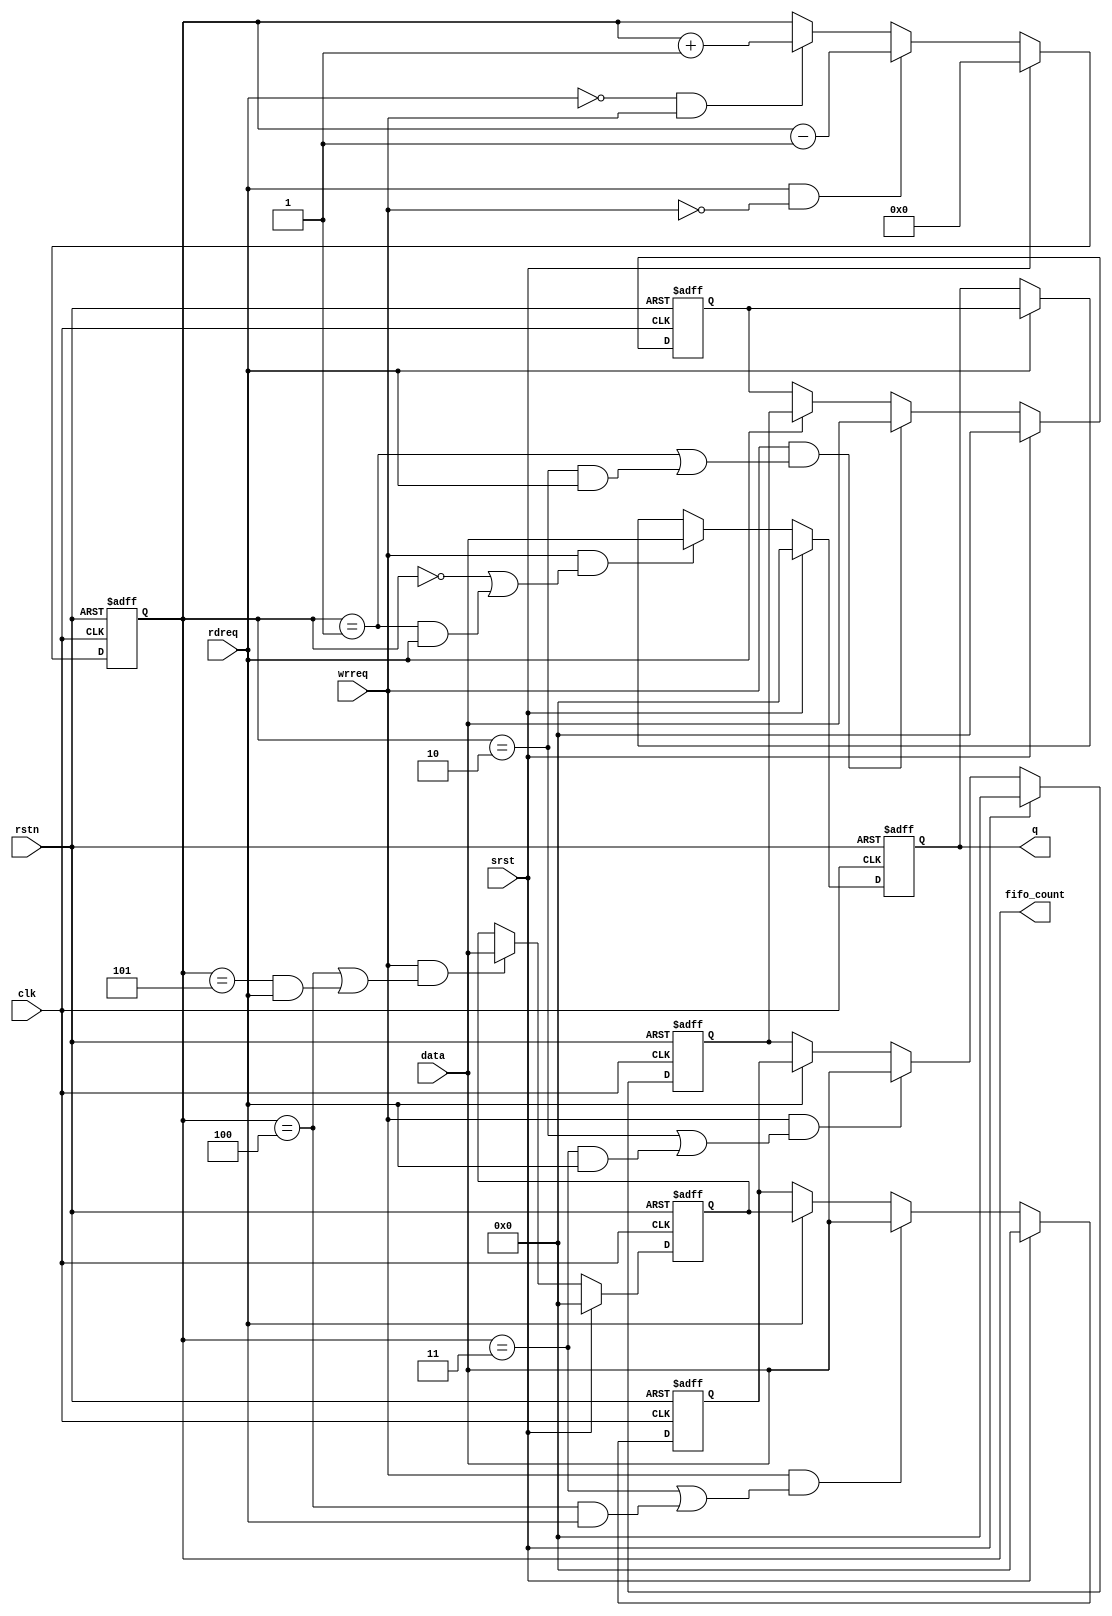
module altpciexpav_stif_reg_fifo

#(
   parameter FIFO_DEPTH = 5,
   parameter DATA_WIDTH = 304
  )

  (
    // global signals
    input                         clk,
    input                         rstn,
    input                         srst,
    input                         wrreq,
    input                         rdreq,
    input  [DATA_WIDTH-1:0]       data,  
    output [DATA_WIDTH-1:0]       q,
    output reg [3:0]              fifo_count

   );
   
   
   reg  [DATA_WIDTH-1:0]          fifo_reg[FIFO_DEPTH-1:0];
   wire [FIFO_DEPTH-1:0]          fifo_wrreq;  
   
// fifo word counter
 always @(posedge clk or negedge rstn)
    begin
      if(~rstn)
        fifo_count <= 4'h0;
      else if (srst)
            fifo_count <= 4'h0;
         else if (rdreq & ~wrreq)
            fifo_count <= fifo_count - 1;
         else if(~rdreq & wrreq)
            fifo_count <= fifo_count + 1;
    end
    

generate
  genvar i;
  for(i=0; i< FIFO_DEPTH -1; i=i+1)
    begin: register_array
    
       assign fifo_wrreq[i] = wrreq & (fifo_count == i | (fifo_count == i + 1 & rdreq)) ;
       always @(posedge clk or negedge rstn)
         begin
           if(~rstn)
             fifo_reg[i] <= {DATA_WIDTH{1'b0}};
           else if (srst)
             fifo_reg[i] <= {DATA_WIDTH{1'b0}};
           else if(fifo_wrreq[i])
             fifo_reg[i] <= data;
           else if(rdreq)
             fifo_reg[i] <= fifo_reg[i+1];
         end
       end
  endgenerate
  
  
/// the last register
 assign fifo_wrreq[FIFO_DEPTH-1] = wrreq & (fifo_count == FIFO_DEPTH - 1 | (fifo_count == FIFO_DEPTH & rdreq)) ;    
 
 always @(posedge clk or negedge rstn)
  begin
    if(~rstn)
      fifo_reg[FIFO_DEPTH-1] <= {DATA_WIDTH{1'b0}};
    else if (srst)
       fifo_reg[FIFO_DEPTH-1] <= {DATA_WIDTH{1'b0}};
    else if(fifo_wrreq[FIFO_DEPTH-1])
      fifo_reg[FIFO_DEPTH-1] <= data;
  end
  
  
assign q = fifo_reg[0];
  
endmodule